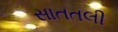
સાતતલી